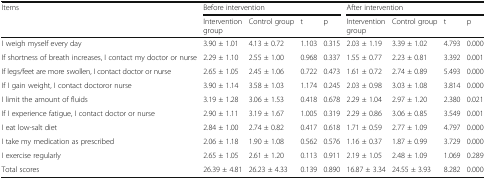
<table><thead><tr><td rowspan="2"><b>Items</b></td><td colspan="4"><b>Before intervention</b></td><td colspan="4"><b>After intervention</b></td></tr><tr><td><b>Intervention group</b></td><td><b>Control group</b></td><td><b>t</b></td><td><b>p</b></td><td><b>Intervention group</b></td><td><b>Control group</b></td><td><b>t</b></td><td><b>p</b></td></tr></thead><tbody><tr><td>I weigh myself every day</td><td>3.90 ± 1.01</td><td>4.13 ± 0.72</td><td>1.103</td><td>0.315</td><td>2.03 ± 1.19</td><td>3.39 ± 1.02</td><td>4.793</td><td>0.000</td></tr><tr><td>If shortness of breath increases, I contact my doctor or nurse</td><td>2.29 ± 1.10</td><td>2.55 ± 1.00</td><td>0.968</td><td>0.337</td><td>1.55 ± 0.77</td><td>2.23 ± 0.81</td><td>3.392</td><td>0.001</td></tr><tr><td>If legs/feet are more swollen, I contact doctor or nurse</td><td>2.65 ± 1.05</td><td>2.45 ± 1.06</td><td>0.722</td><td>0.473</td><td>1.61 ± 0.72</td><td>2.74 ± 0.89</td><td>5.493</td><td>0.000</td></tr><tr><td>If I gain weight, I contact doctoror nurse</td><td>3.90 ± 1.14</td><td>3.58 ± 1.03</td><td>1.174</td><td>0.245</td><td>2.03 ± 0.98</td><td>3.03 ± 1.08</td><td>3.814</td><td>0.000</td></tr><tr><td>I limit the amount of fluids</td><td>3.19 ± 1.28</td><td>3.06 ± 1.53</td><td>0.418</td><td>0.678</td><td>2.29 ± 1.04</td><td>2.97 ± 1.20</td><td>2.380</td><td>0.021</td></tr><tr><td>If I experience fatigue, I contact doctor or nurse</td><td>2.90 ± 1.11</td><td>3.19 ± 1.67</td><td>1.005</td><td>0.319</td><td>2.29 ± 0.86</td><td>3.06 ± 0.85</td><td>3.549</td><td>0.001</td></tr><tr><td>I eat low-salt diet</td><td>2.84 ± 1.00</td><td>2.74 ± 0.82</td><td>0.417</td><td>0.618</td><td>1.71 ± 0.59</td><td>2.77 ± 1.09</td><td>4.797</td><td>0.000</td></tr><tr><td>I take my medication as prescribed</td><td>2.06 ± 1.18</td><td>1.90 ± 1.08</td><td>0.562</td><td>0.576</td><td>1.16 ± 0.37</td><td>1.87 ± 0.99</td><td>3.729</td><td>0.000</td></tr><tr><td>I exercise regularly</td><td>2.65 ± 1.05</td><td>2.61 ± 1.20</td><td>0.113</td><td>0.911</td><td>2.19 ± 1.05</td><td>2.48 ± 1.09</td><td>1.069</td><td>0.289</td></tr><tr><td>Total scores</td><td>26.39 ± 4.81</td><td>26.23 ± 4.33</td><td>0.139</td><td>0.890</td><td>16.87 ± 3.34</td><td>24.55 ± 3.93</td><td>8.282</td><td>0.000</td></tr></tbody></table>